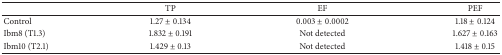
|  | TP | EF | PEF |
 | --- | --- | --- | --- |
 | Control | 1.27 ± 0.134 | 0.003 ± 0.0002 | 1.18 ± 0.124 |
 | Ibm8 (T1.3) | 1.832 ± 0.191 | Not detected | 1.627 ± 0.163 |
 | Ibm10 (T2.1) | 1.429 ± 0.13 | Not detected | 1.418 ± 0.15 |